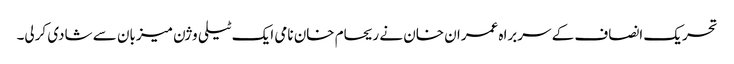
تحریک انصاف کے سربراہ عمران خان نے ریحام خان نامی ایک ٹیلی وژن میزبان سے شادی کرلی۔